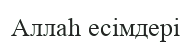
Аллаһ есімдері